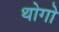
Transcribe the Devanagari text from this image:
थोगो